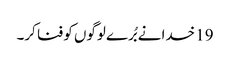
19 خدا نے بُرے لوگوں کو فنا کر۔